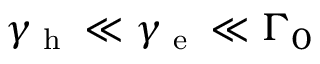
\gamma _ { \textrm { h } } \ll \gamma _ { \textrm { e } } \ll \Gamma _ { 0 }